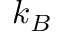
k _ { B }